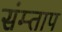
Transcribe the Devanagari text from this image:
संम्ताप